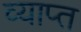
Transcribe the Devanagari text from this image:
व्याप्‍त